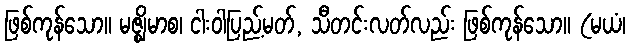
ဖြစ်ကုန်သော။ မဇ္ဈိမာစ၊ ငါးဝါပြည့်မတ်, သီတင်းလတ်လည်း ဖြစ်ကုန်သော။ (မယံ၊